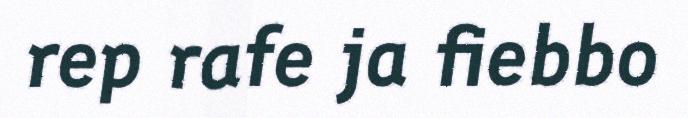
rep rafe ja fiebbo